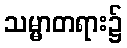
သမ္မာတရား၌